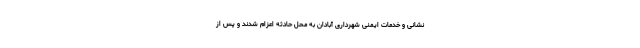
نشانی و خدمات ایمنی شهرداری آبادان به محل حادثه اعزام شدند و پس از